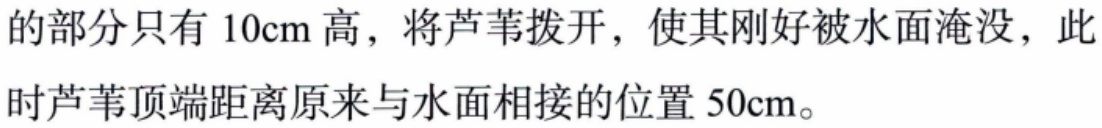
的部分只有 \(10\text{cm}\) 高，将芦苇拨开，使其刚好被水面淹没，此时芦苇顶端距离原来与水面相接的位置 \(50\text{cm}\)。